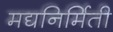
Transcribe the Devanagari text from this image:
मद्यनिर्मिती